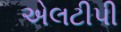
એલટીપી